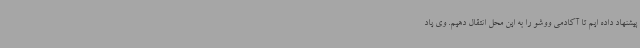
پیشنهاد داده ایم تا آکادمی ووشو را به این محل انتقال دهیم. وی یاد